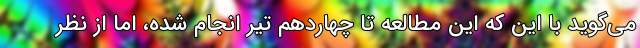
می‌گوید با این که این مطالعه تا چهاردهم تیر انجام شده، اما از نظر